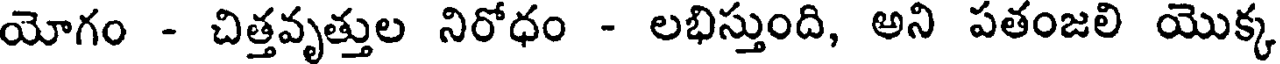
యోగం - చిత్తవృత్తుల నిరోధం - లభిస్తుంది, అని పతంజలి యొక్క